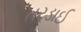
તરડાઈ